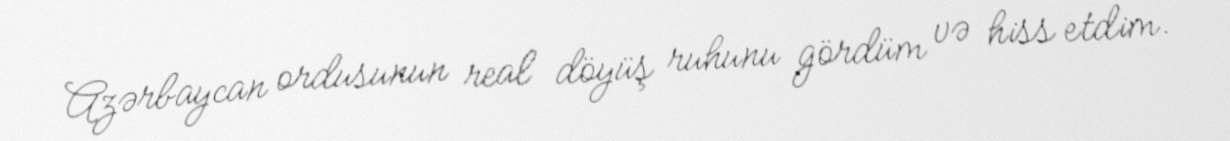
Azərbaycan ordusunun real döyüş ruhunu gördüm və hiss etdim.